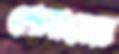
পেসাবের